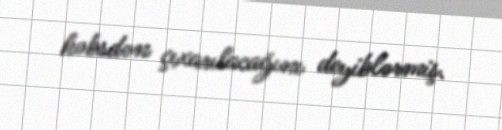
həbsdən çıxarılacağını deyiblərmiş.